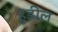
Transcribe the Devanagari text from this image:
हुडील